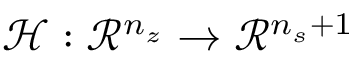
\mathcal { H } : \mathcal { R } ^ { n _ { z } } \rightarrow \mathcal { R } ^ { n _ { s } + 1 }